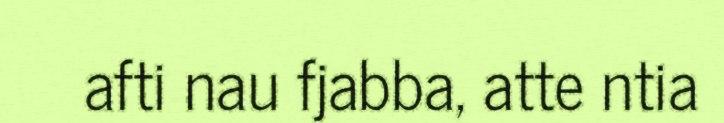
afti nau fjabba, atte ntia